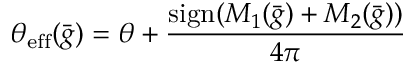
\theta _ { \mathrm { e f f } } ( { \bar { g } } ) = \theta + { \frac { \mathrm { s i g n } ( M _ { 1 } ( { \bar { g } } ) + M _ { 2 } ( { \bar { g } } ) ) } { 4 \pi } }